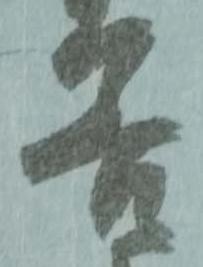
善